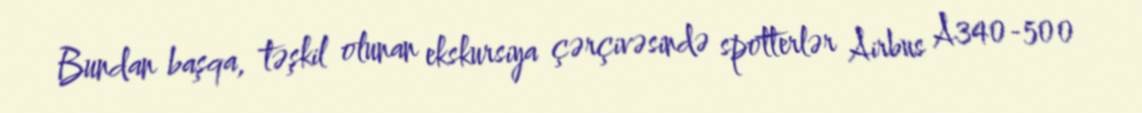
Bundan başqa, təşkil olunan ekskursiya çərçivəsində spotterlər Airbus A340-500